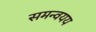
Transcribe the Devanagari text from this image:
समन्वयय